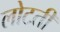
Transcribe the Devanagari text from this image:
लोटती